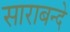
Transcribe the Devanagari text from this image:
साराबन्दे